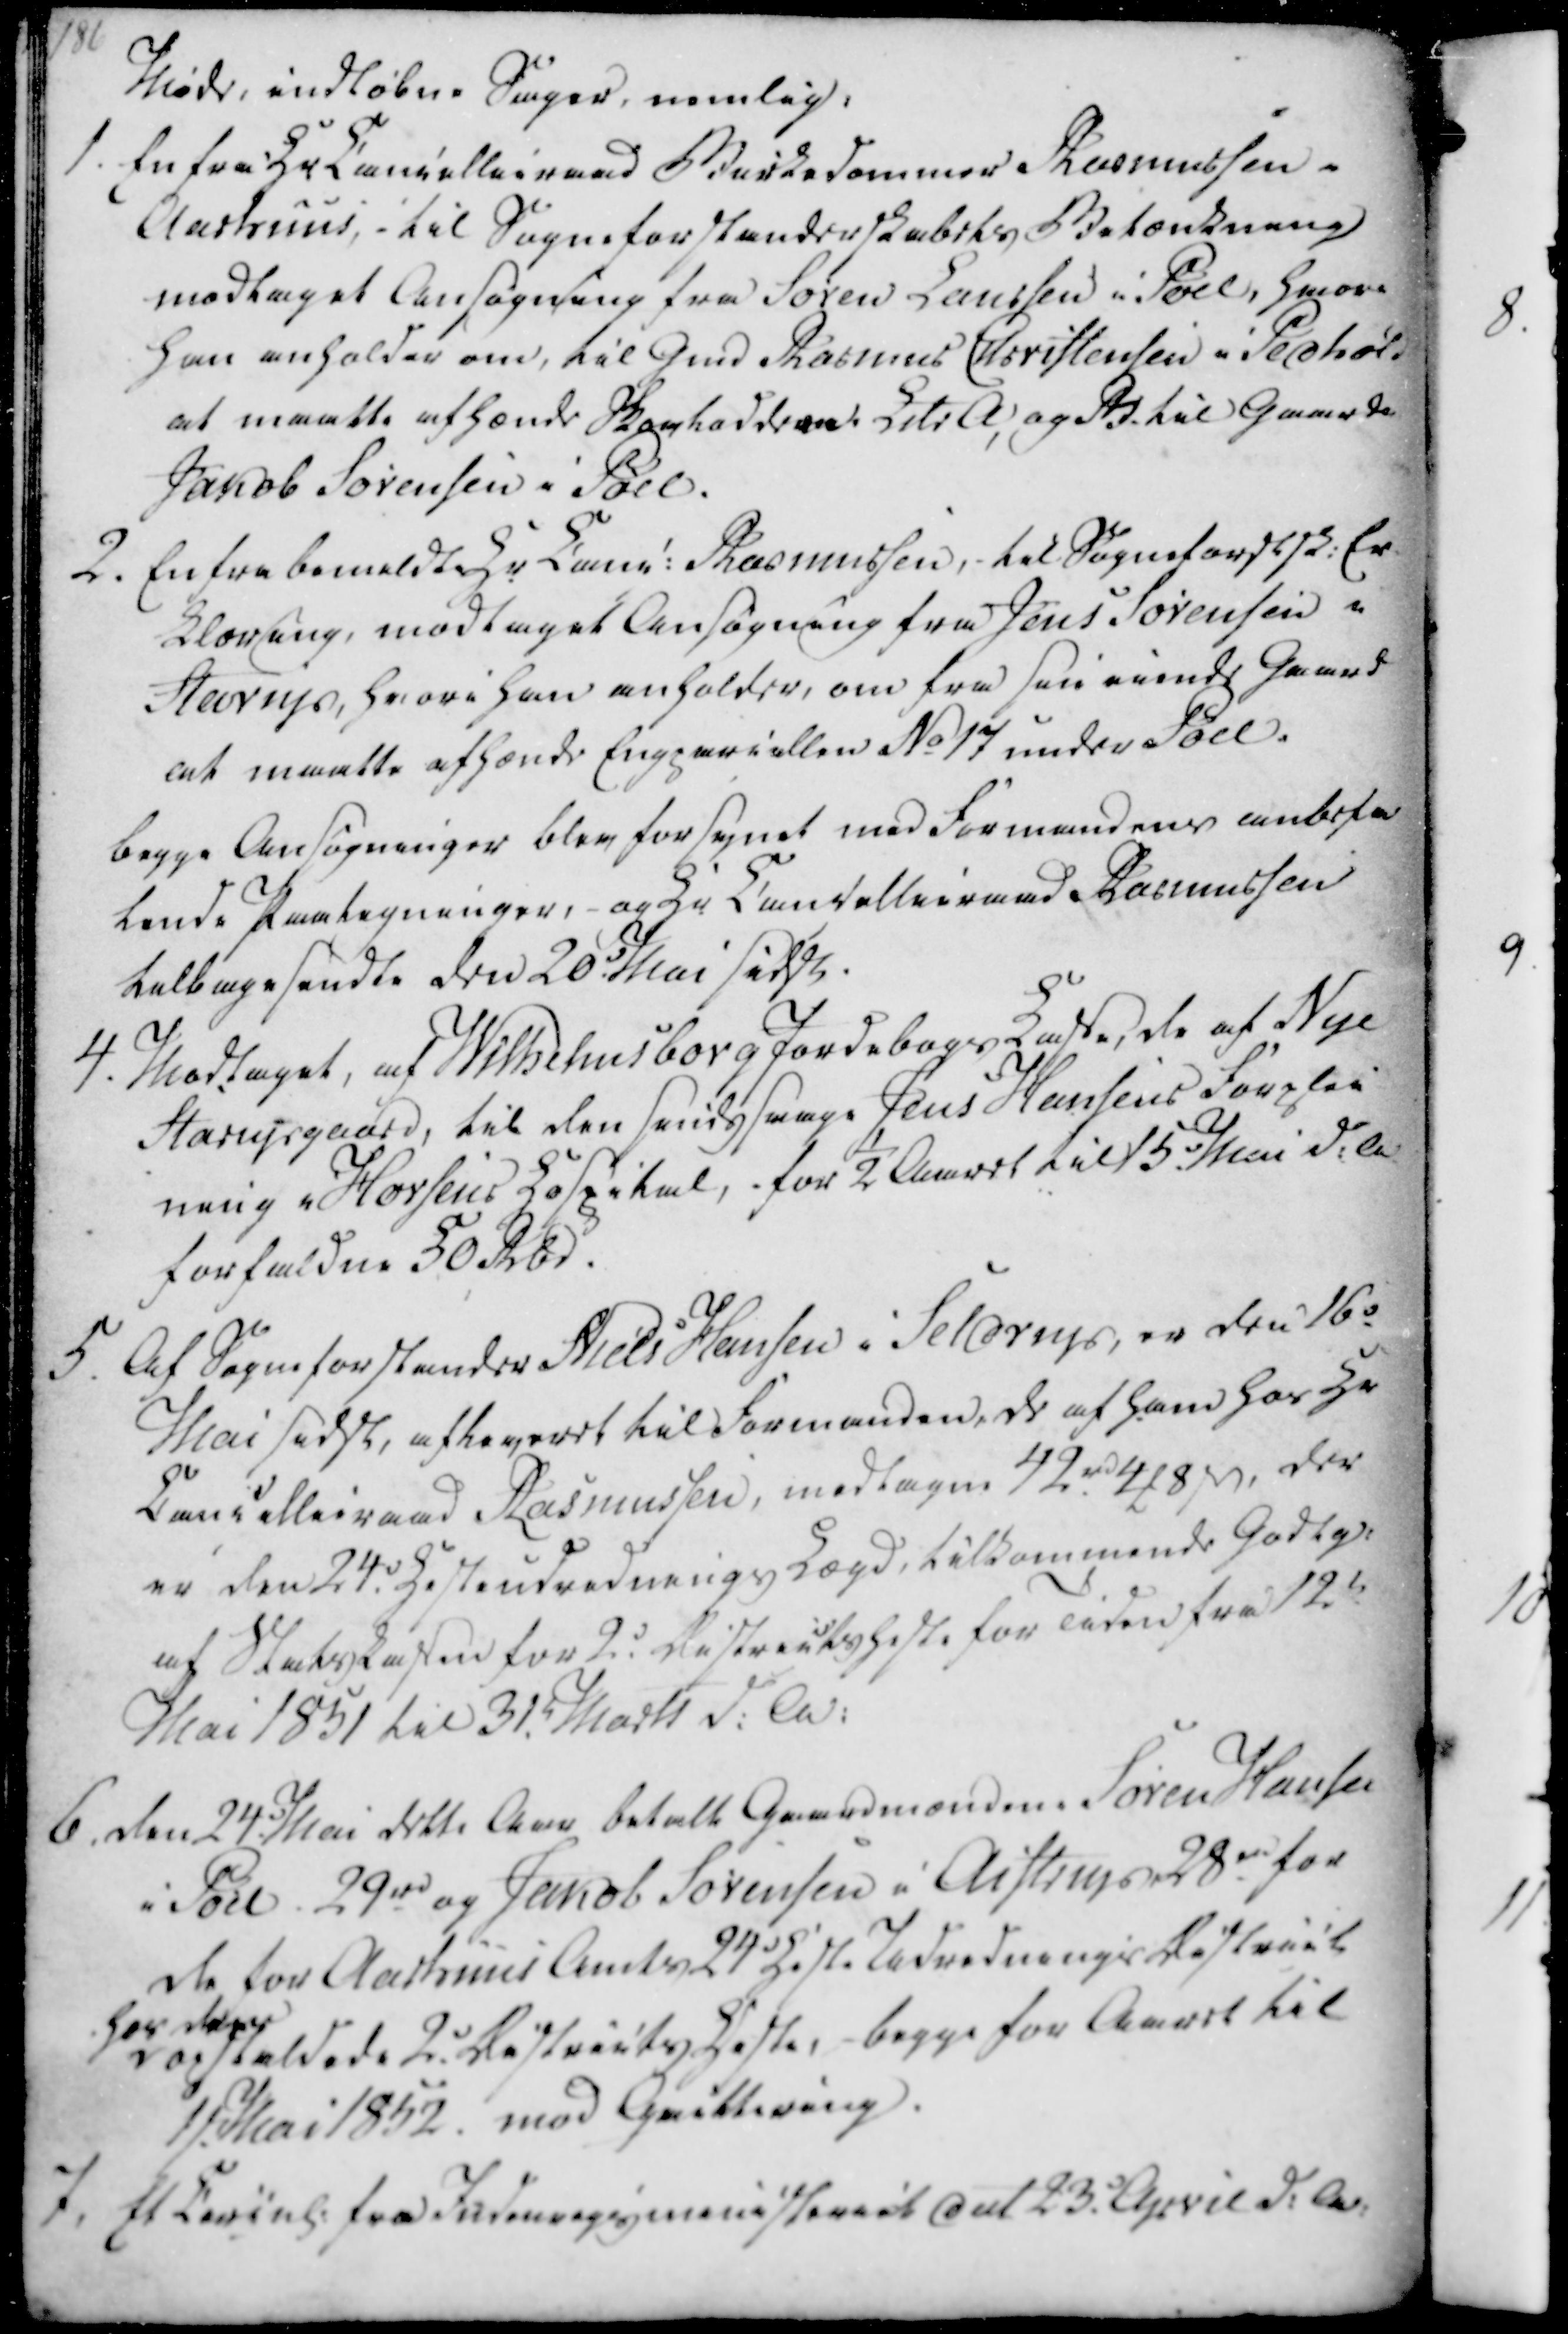
Transskription:
Møde, indløbne Sager, nemlig:
1. En fra Hr Cancellieraad Birkedommer Rasmussen i
Aarhuus, - til Sogneforstanderskabets Betænkning
modtaget Ansøgning fra Søren Laursen i Pøel, hvori
han anholder om, til Gmd Rasmus Christensen i Pedhold
at maatte afhænde Skovlodderne Ldr A, og R til Gaardm
Jakob Sørensen i Pøel.

2. En fra bemeldte Hr Canc. Rasmussen,- til Sogneforstsk. Er
klæring, modtaget Ansøgning fra Jens Sørensen i
Starup, hvori han anholder, om fra sin eiende Gaard
at maatte afhænde Engparcellen No 17 under Pøel.
begge Ansøgninger blev forsynet med Formandens anbefa
lende Paategninger, - og Hr Cancellieraad Rasmussen
telbagesendte den 20. Mai sidst.

4. Modtaget, af Wilhelmsborg Jordebogs Kasse, de af Nye
Starupgaard, til den sindssvage Jens Hansens Forplei
ning i Horsens Hospital, for ½ Aaret til 15. Mai d.A.
forfaldne 50 Rbd.

5. Af Sogneforstander Niels Hansen i Seldrup, er den 16.
Mai sidst, afleveret til Formanden, de af ham hos Hr
Cancellieraad Rasmussen, modtagne 42 rd 4 ₻ 8 ẞ, der
er den 24. Hesteundrednings Lægd, tilkommende Godtgi.
af Statskassen for 2. Districtsheste for Tiden fra 12.
Mai 1851 til 31. Marts d.A.

6. den 24. Mai dette Aar betalte Gaardmændene Søren Hansen
i Pøel 29 rd og Jakob Sørensen i Aistrup 28 rd for
de for Aarhuus Amts 24 Heste Udrednings District
hos disse
opstaldede 2. Districts Heste, - begge for Aaret til
1s. Mai 1852. mod Qvittering.
7. Et Lovinl. fra Indenrigsministeriet dat 23. April d.A.